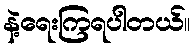
နဲ့ရေးကြရပါတယ်။